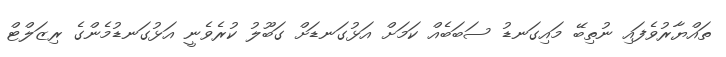
ތައްޔާރުވެފައި ނުތިބޭ މައިގަނޑު ސަބަބެއް ކަމަށް އަޅުގަނޑަށް ގަބޫލު ކުރެވެނީ އަޅުގަނޑުމެންގެ ރިޒަލްޓް